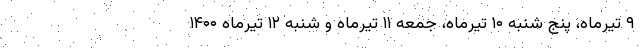
۹ تیرماه، پنج شنبه ۱۰ تیرماه، جمعه ۱۱ تیرماه و شنبه ۱۲ تیرماه ۱۴۰۰